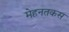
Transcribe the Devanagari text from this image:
मेहनतकस